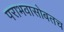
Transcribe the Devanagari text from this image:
पराभवासोबतच